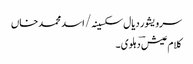
سرویشور دیال سکسینہ/ اسد محمد خاں
کلام عیش ؔدہلوی ۔